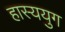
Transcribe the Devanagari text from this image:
हास्ययुग